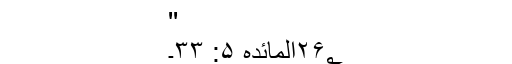
''
۲۶؂المائدہ ۵: ۳۳۔